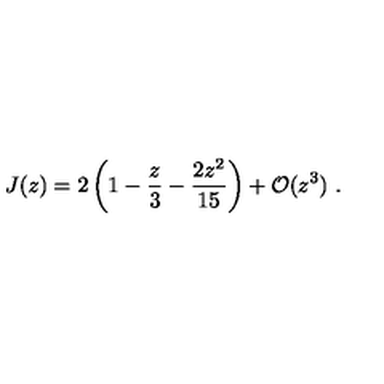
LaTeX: J ( z ) = 2 \left( 1 - \frac { z } { 3 } - \frac { 2 z ^ { 2 } } { 1 5 } \right) + { \cal O } ( z ^ { 3 } ) \ .